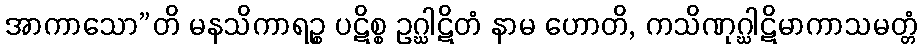
အာကာသော”တိ မနသိကာရဉ္စ ပဋိစ္စ ဥဂ္ဃါဋိတံ နာမ ဟောတိ, ကသိဏုဂ္ဃါဋိမာကာသမတ္တံ